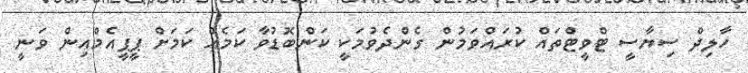
ހާލިދް ސިޔާސީ ޓްވީޓްތައް ކުރައްވަމުން ގެންދެވުމަކީ ކަންބޮޑުވާ ކަމެއް ކަމަށް ޕީޕީއެމްއިން ވަނީ